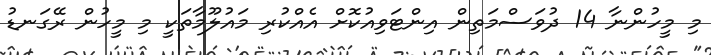
މި މީހުންނާ 14 ދުވަސްމަތިން އިންޓަވިއުކޮށް އެއްކުރި މައުލޫމާތަކީ މި މީހުން ރޭގަނޑު